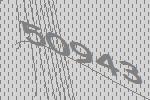
50943